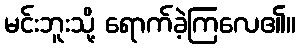
မင်းဘူးသို့ ရောက်ခဲ့ကြလေ၏။